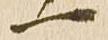
一